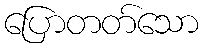
ပြောတတ်သော